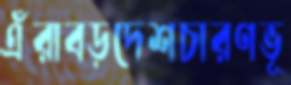
এঁরাবড়দেশচারণভূ